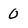
Character: 0